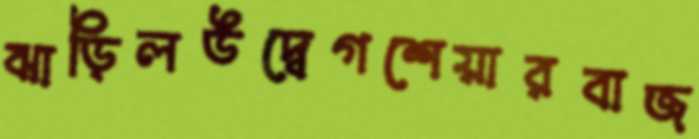
ঝাড়িলউদ্বেগশেয়ারবাজ